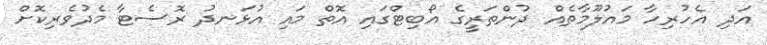
އަދި އެހުރިހާ މައުލޫމާތެއް ދުންތަރީގެ އޯބިޓްގައި އޮތް މައި އުޅަނދު ރޮސެޓާ މެދުވެރިކޮށް